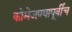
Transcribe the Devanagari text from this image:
कोमेजण्यापूर्वीच